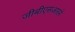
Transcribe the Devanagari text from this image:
जीबीएसआरने